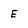
Character: E